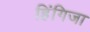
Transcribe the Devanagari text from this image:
हिंगिजा